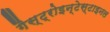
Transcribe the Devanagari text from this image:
गैस्ट्रोइन्टेस्टाइनल